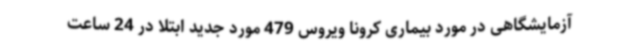
آزمایشگاهی در مورد بیماری کرونا ویروس 479 مورد جدید ابتلا در 24 ساعت